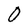
Character: O